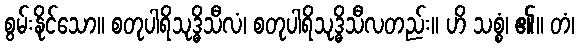
စွမ်းနိုင်သော။ စတုပါရိသုဒ္ဓိသီလံ၊ စတုပါရိသုဒ္ဓိသီလတည်း။ ဟိ သစ္စံ၊ ၏။ တံ၊